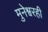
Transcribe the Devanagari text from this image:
मुनेश्वरही